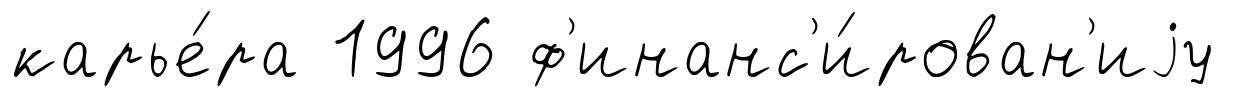
карье́ра 1996 ф'инанс'и́рован'иjу